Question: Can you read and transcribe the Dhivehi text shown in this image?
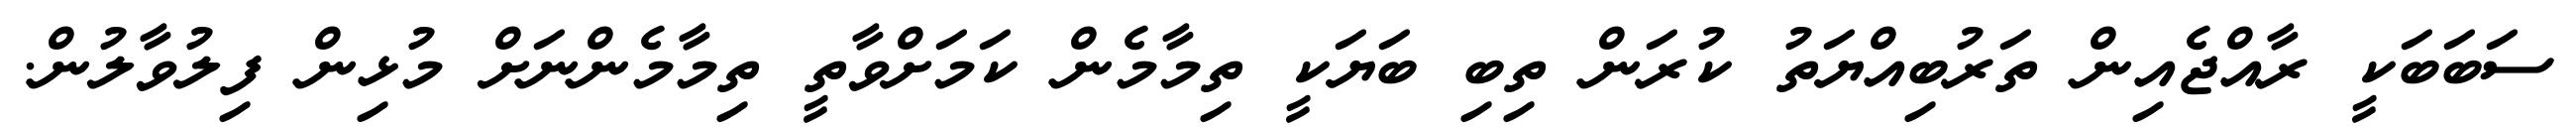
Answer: ސަބަބަކީ ރާއްޖެއިން ތަރުބިއްޔަތު ކުރަން ތިބި ބަޔަކީ ތިމާމެން ކަމަށްވާތީ ތިމާމެންނަށް މުޅިން ފިލުވާލުން.